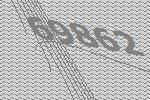
69862